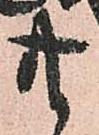
共